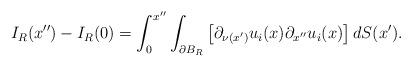
LaTeX: \begin{align*} I_R(x'') - I_R(0) = \int_{0}^{x''} \int_{\partial B_R}\left[ \partial_{\nu(x')} u_i(x) \partial_{x''}u_i(x) \right] d S(x').\end{align*}